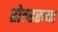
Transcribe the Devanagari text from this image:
होल्डरच्या